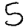
Digit: 5